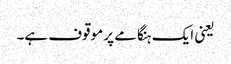
یعنی ایک ہنگامے پر موقوف ہے۔